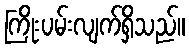
ကြိုးပမ်းလျက်ရှိသည်။